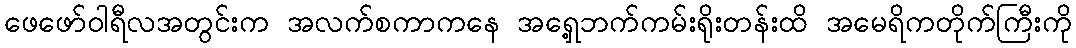
ဖေဖော်ဝါရီလအတွင်းက အလက်စကာကနေ အရှေ့ဘက်ကမ်းရိုးတန်းထိ အမေရိကတိုက်ကြီးကို